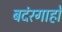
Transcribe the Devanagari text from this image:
बदंरगाहों